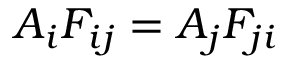
A _ { i } F _ { i j } = A _ { j } F _ { j i }